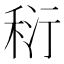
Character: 𥞟